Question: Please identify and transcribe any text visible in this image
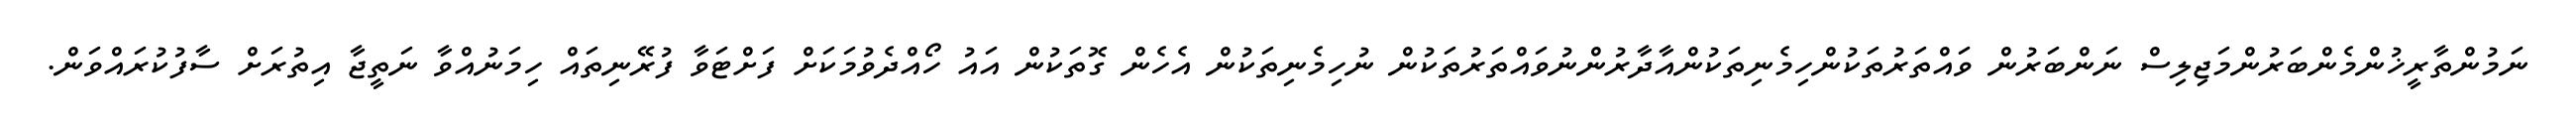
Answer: ނަމުންތާރީޚުންމެންބަރުންމަޖިލިސް ނަންބަރުން ވައްތަރުތަކުންހިމެނިތަކުންއާދާރުންނުވައްތަރުތަކުން ނުހިމެނިތަކުން އެހެން ގޮތަކުން އައު ހޯއްދެވުމަކަށް ފަށްޓަވާ ފުރޭނިތައް ހިމަނުއްވާ ނަތީޖާ އިތުރަށް ސާފުކުރައްވަން.